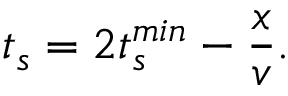
t _ { s } = 2 t _ { s } ^ { m i n } - \frac { x } { v } .